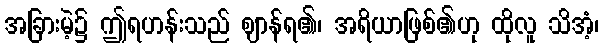
အခြားမဲ့၌ ဤရဟန်းသည် ဈာန်ရ၏၊ အရိယာဖြစ်၏ဟု ထိုလူ သိအံ့၊